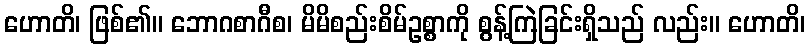
ဟောတိ၊ ဖြစ်၏။ ဘောဂစာဂီစ၊ မိမိစည်းစိမ်ဥစ္စာကို စွန့်ကြဲခြင်းရှိသည် လည်း။ ဟောတိ၊